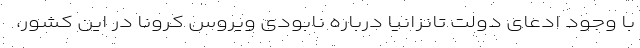
با وجود ادعای دولت تانزانیا درباره نابودی ویروس کرونا در این کشور،